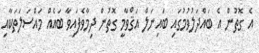
އެ ގޮތުން އެ ބައްދަލުވުމުގައި ބައިނަލް އަޤްވާމީ ގޮތުން ދިމާވެފައިވާ ބައެއް މައްސަލަތަކާއި